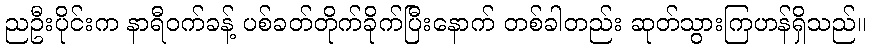
ညဦးပိုင်းက နာရီဝက်ခန့် ပစ်ခတ်တိုက်ခိုက်ပြီးနောက် တစ်ခါတည်း ဆုတ်သွားကြဟန်ရှိသည်။